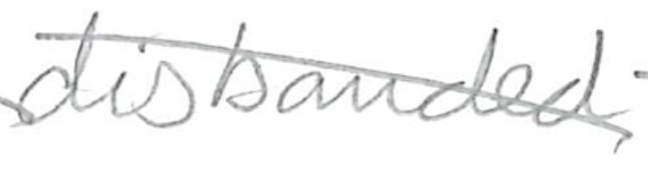
Text: disbanded
Cross-out: diagonal
Writing tool: pencil